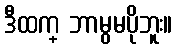
ဒီထက္ ဘာမွမပိုဘူး။